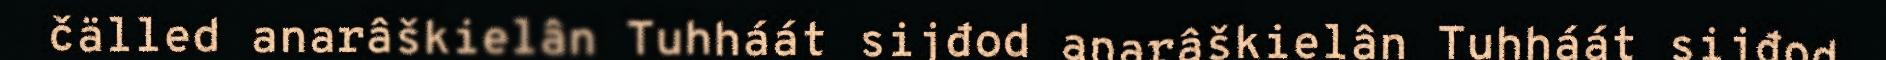
čälled anarâškielân Tuhháát sijđod anarâškielân Tuhháát sijđod